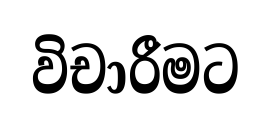
විචාරීමට